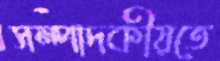
সম্পাদকীয়তে